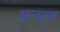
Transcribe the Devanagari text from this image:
धन्यास